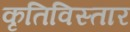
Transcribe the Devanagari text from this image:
कृतिविस्तार